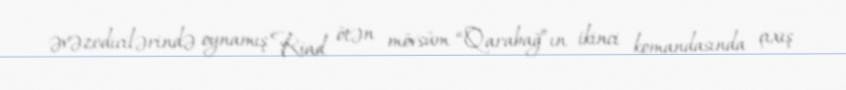
əvəzedicilərində oynamış Riad ötən mövsüm “Qarabağ”ın ikinci komandasında çıxış